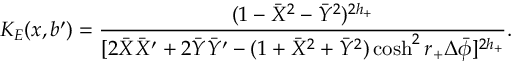
K _ { E } ( x , b ^ { \prime } ) = { \frac { ( 1 - \bar { X } ^ { 2 } - \bar { Y } ^ { 2 } ) ^ { 2 h _ { + } } } { [ 2 \bar { X } \bar { X } ^ { \prime } + 2 \bar { Y } \bar { Y } ^ { \prime } - ( 1 + \bar { X } ^ { 2 } + \bar { Y } ^ { 2 } ) \cosh ^ { 2 } r _ { + } \Delta \bar { \phi } ] ^ { 2 h _ { + } } } } .